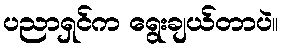
ပညာရှင်က ရွေးချယ်တာပဲ။